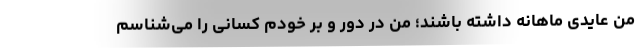
من عایدی ماهانه داشته باشند؛ من در دور و بر خودم کسانی را می‌شناسم